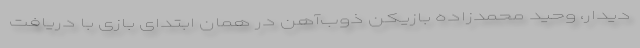
دیدار، وحید محمدزاده بازیکن ذوب‌آهن در همان ابتدای بازی با دریافت